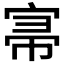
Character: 𡨦